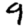
Digit: 9